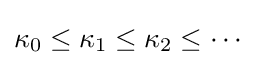
\kappa _{0}\leq \kappa _{1}\leq \kappa _{2}\leq \cdots